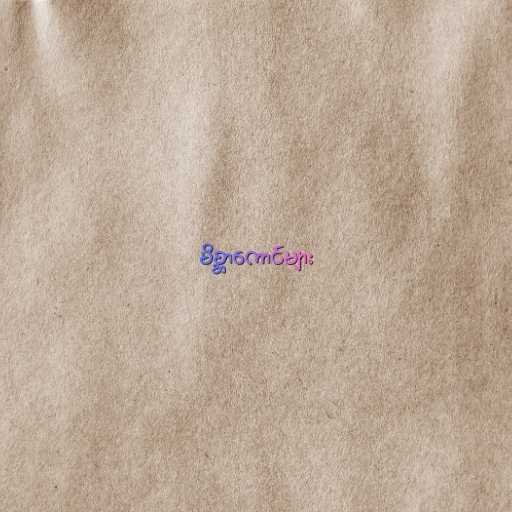
မိစ္ဆာကောင်များ